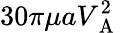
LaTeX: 30\pi\mu aV_{\mathrm{~A~}}^{2}